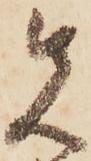
先